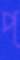
প্